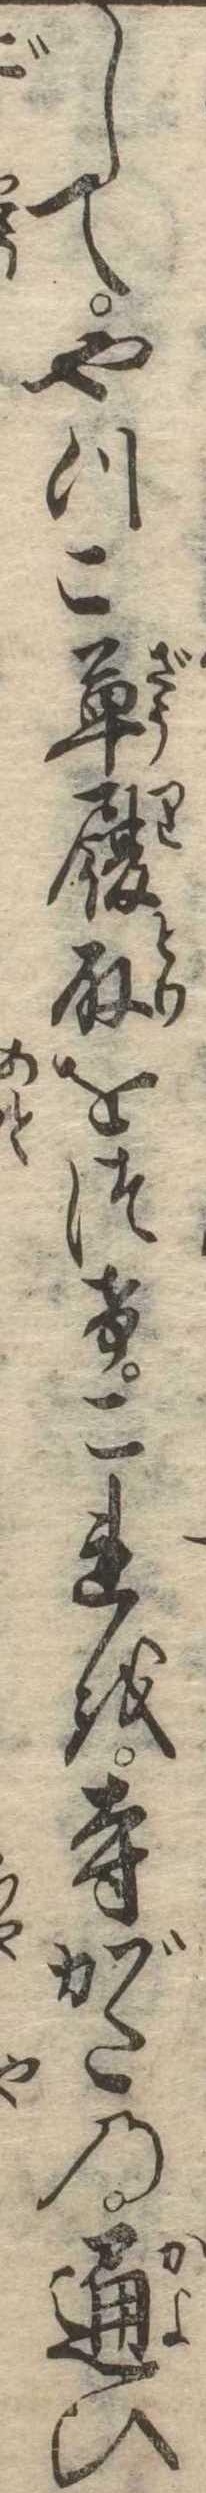
してやつこ草履取をつけこれを寺がたの通ひ